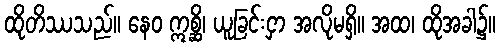
ထိုတိဿသည်။ နေဝ ဣစ္ဆိ၊ ယူခြင်းငှာ အလိုမရှိ။ အထ၊ ထိုအခါ၌။